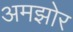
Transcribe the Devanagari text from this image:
अमझोर